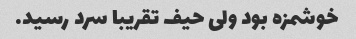
خوشمزه بود ولی حیف تقریبا سرد رسید.